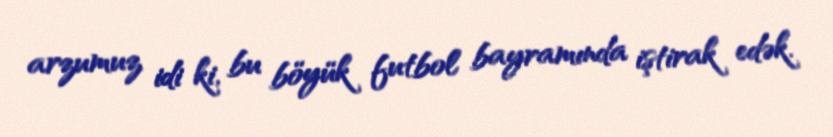
arzumuz idi ki, bu böyük futbol bayramında iştirak edək.